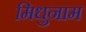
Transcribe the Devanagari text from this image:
मिधुनाम